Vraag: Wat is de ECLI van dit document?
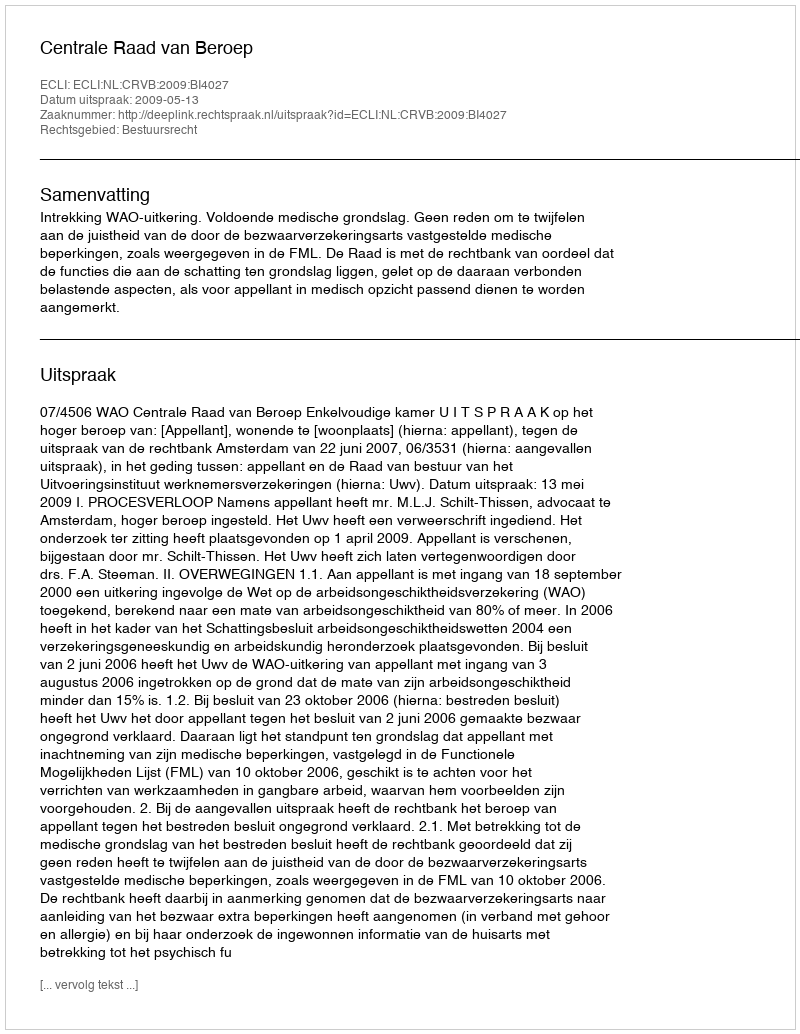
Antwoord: ECLI:NL:CRVB:2009:BI4027